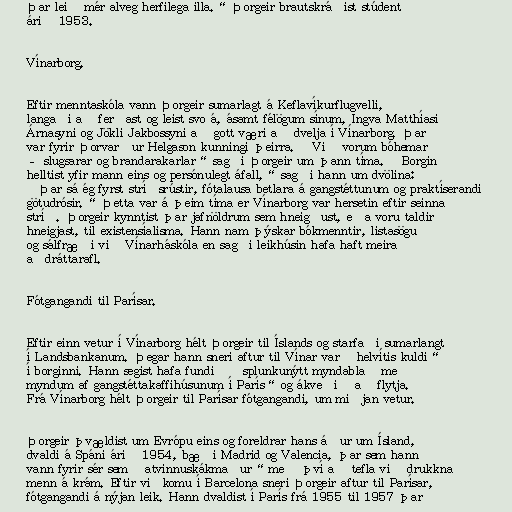
Þar leið mér alveg herfilega illa.“ Þorgeir brautskráðist stúdent
árið 1953.

Vínarborg.

Eftir menntaskóla vann Þorgeir sumarlagt á Keflavíkurflugvelli,
langaði að ferðast og leist svo á, ásamt félögum sínum, Ingva Matthíasi
Árnasyni og Jökli Jakbossyni að gott væri að dvelja í Vínarborg. Þar
var fyrir Þorvarður Helgason kunningi þeirra. „Við vorum bóhemar
– slugsarar og brandarakarlar“ sagði Þorgeir um þann tíma. „Borgin
helltist yfir mann eins og persónulegt áfall,“ sagði hann um dvölina:
„Þar sá ég fyrst stríðsrústir, fótalausa betlara á gangstéttunum og praktíserandi
götudrósir.“ Þetta var á þeim tíma er Vínarborg var hersetin eftir seinna
stríð. Þorgeir kynntist þar jafnöldrum sem hneigðust, eða voru taldir
hneigjast, til existensíalisma. Hann nam þýskar bókmenntir, listasögu
og sálfræði við Vínarháskóla en sagði leikhúsin hafa haft meira
aðdráttarafl.

Fótgangandi til Parísar.

Eftir einn vetur í Vínarborg hélt Þorgeir til Íslands og starfaði sumarlangt
í Landsbankanum. Þegar hann sneri aftur til Vínar var „helvítis kuldi“
í borginni. Hann segist hafa fundið „splunkunýtt myndablað með
myndum af gangstéttakaffihúsunum í París“ og ákveðið að flytja.
Frá Vínarborg hélt Þorgeir til Parísar fótgangandi, um miðjan vetur.

Þorgeir þvældist um Evrópu eins og foreldrar hans áður um Ísland,
dvaldi á Spáni árið 1954, bæði Madrid og Valencia, þar sem hann
vann fyrir sér sem „atvinnuskákmaður“ með því að tefla við drukkna
menn á krám. Eftir viðkomu í Barcelona sneri Þorgeir aftur til Parísar,
fótgangandi á nýjan leik. Hann dvaldist í París frá 1955 til 1957 þar